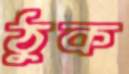
ঠুক